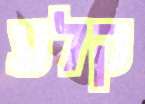
קלע